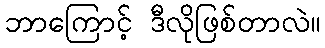
ဘာကြောင့် ဒီလိုဖြစ်တာလဲ။